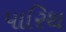
પારિથ